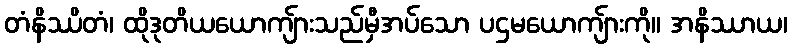
တံနိဿိတံ၊ ထိုဒုတိယယောကျ်ားသည်မှီအပ်သော ပဌမယောကျ်ားကို။ အနိဿာယ၊